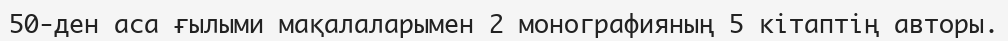
50-ден аса ғылыми мақалаларымен 2 монографияның 5 кітаптің авторы.